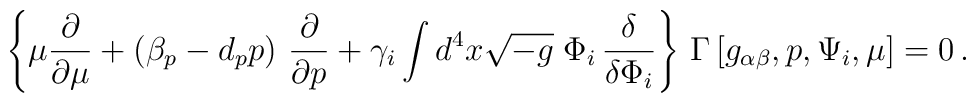
\left\{ \mu \frac{\partial }{\partial \mu }+\left( \beta _{p}-d_{p}p\right)\,\frac{\partial }{\partial p}+\gamma _{i}\int d^{4}x\sqrt{-g}\;\Phi _{i}\,\frac{\delta }{\delta \Phi _{i}}\right\} \, \Gamma \left[ g_{\alpha\beta},p,\Psi _{i},\mu \right] =0\,.